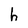
Character: h